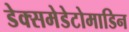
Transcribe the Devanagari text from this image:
डेक्समेडेटोमाडिन